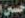
حسين